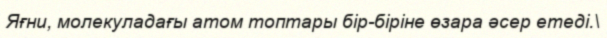
Яғни, молекуладағы атом топтары бір-біріне өзара әсер етеді.\